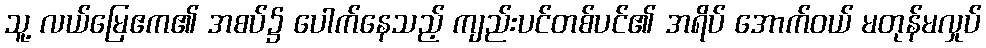
သူ့ လယ်မြေဧက၏ အစပ်၌ ပေါက်နေသည့် ကျည်းပင်တစ်ပင်၏ အရိပ် အောက်ဝယ် မတုန်မလှုပ်